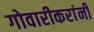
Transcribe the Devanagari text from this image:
गोवारीकरांनी